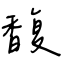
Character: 馥